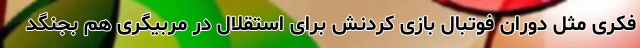
فکری مثل دوران فوتبال بازی کردنش برای استقلال در مربیگری هم بجنگد